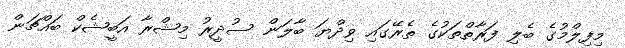
މިފިލްމުގެ ބެލި ފަރާތްތަކުގެ ތެރޭގައި ވިދްޔަ ބާލަން ސުދީރު މިޝްރާ އަބީޝެކް ބައްޗަން